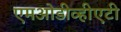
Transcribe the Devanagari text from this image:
एमओडीव्हीएटी